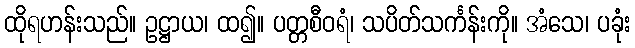
ထိုရဟန်းသည်။ ဥဋ္ဌာယ၊ ထ၍။ ပတ္တစီဝရံ၊ သပိတ်သင်္ကန်းကို။ အံသေ၊ ပခုံး